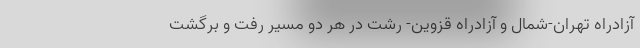
آزادراه تهران-شمال و آزادراه قزوین- رشت در هر دو مسیر رفت و برگشت